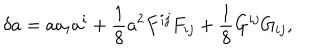
\delta a = a a _ { i } a ^ { i } + \frac { 1 } { 8 } a ^ { 2 } F ^ { i j } F _ { i j } + \frac { 1 } { 8 } G ^ { i j } G _ { i j } ,